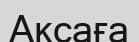
Аксаға